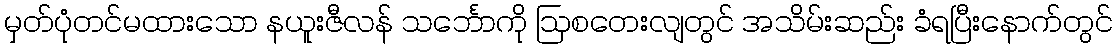
မှတ်ပုံတင်မထားသော နယူးဇီလန် သင်္ဘောကို ဩစတေးလျတွင် အသိမ်းဆည်း ခံရပြီးနောက်တွင်